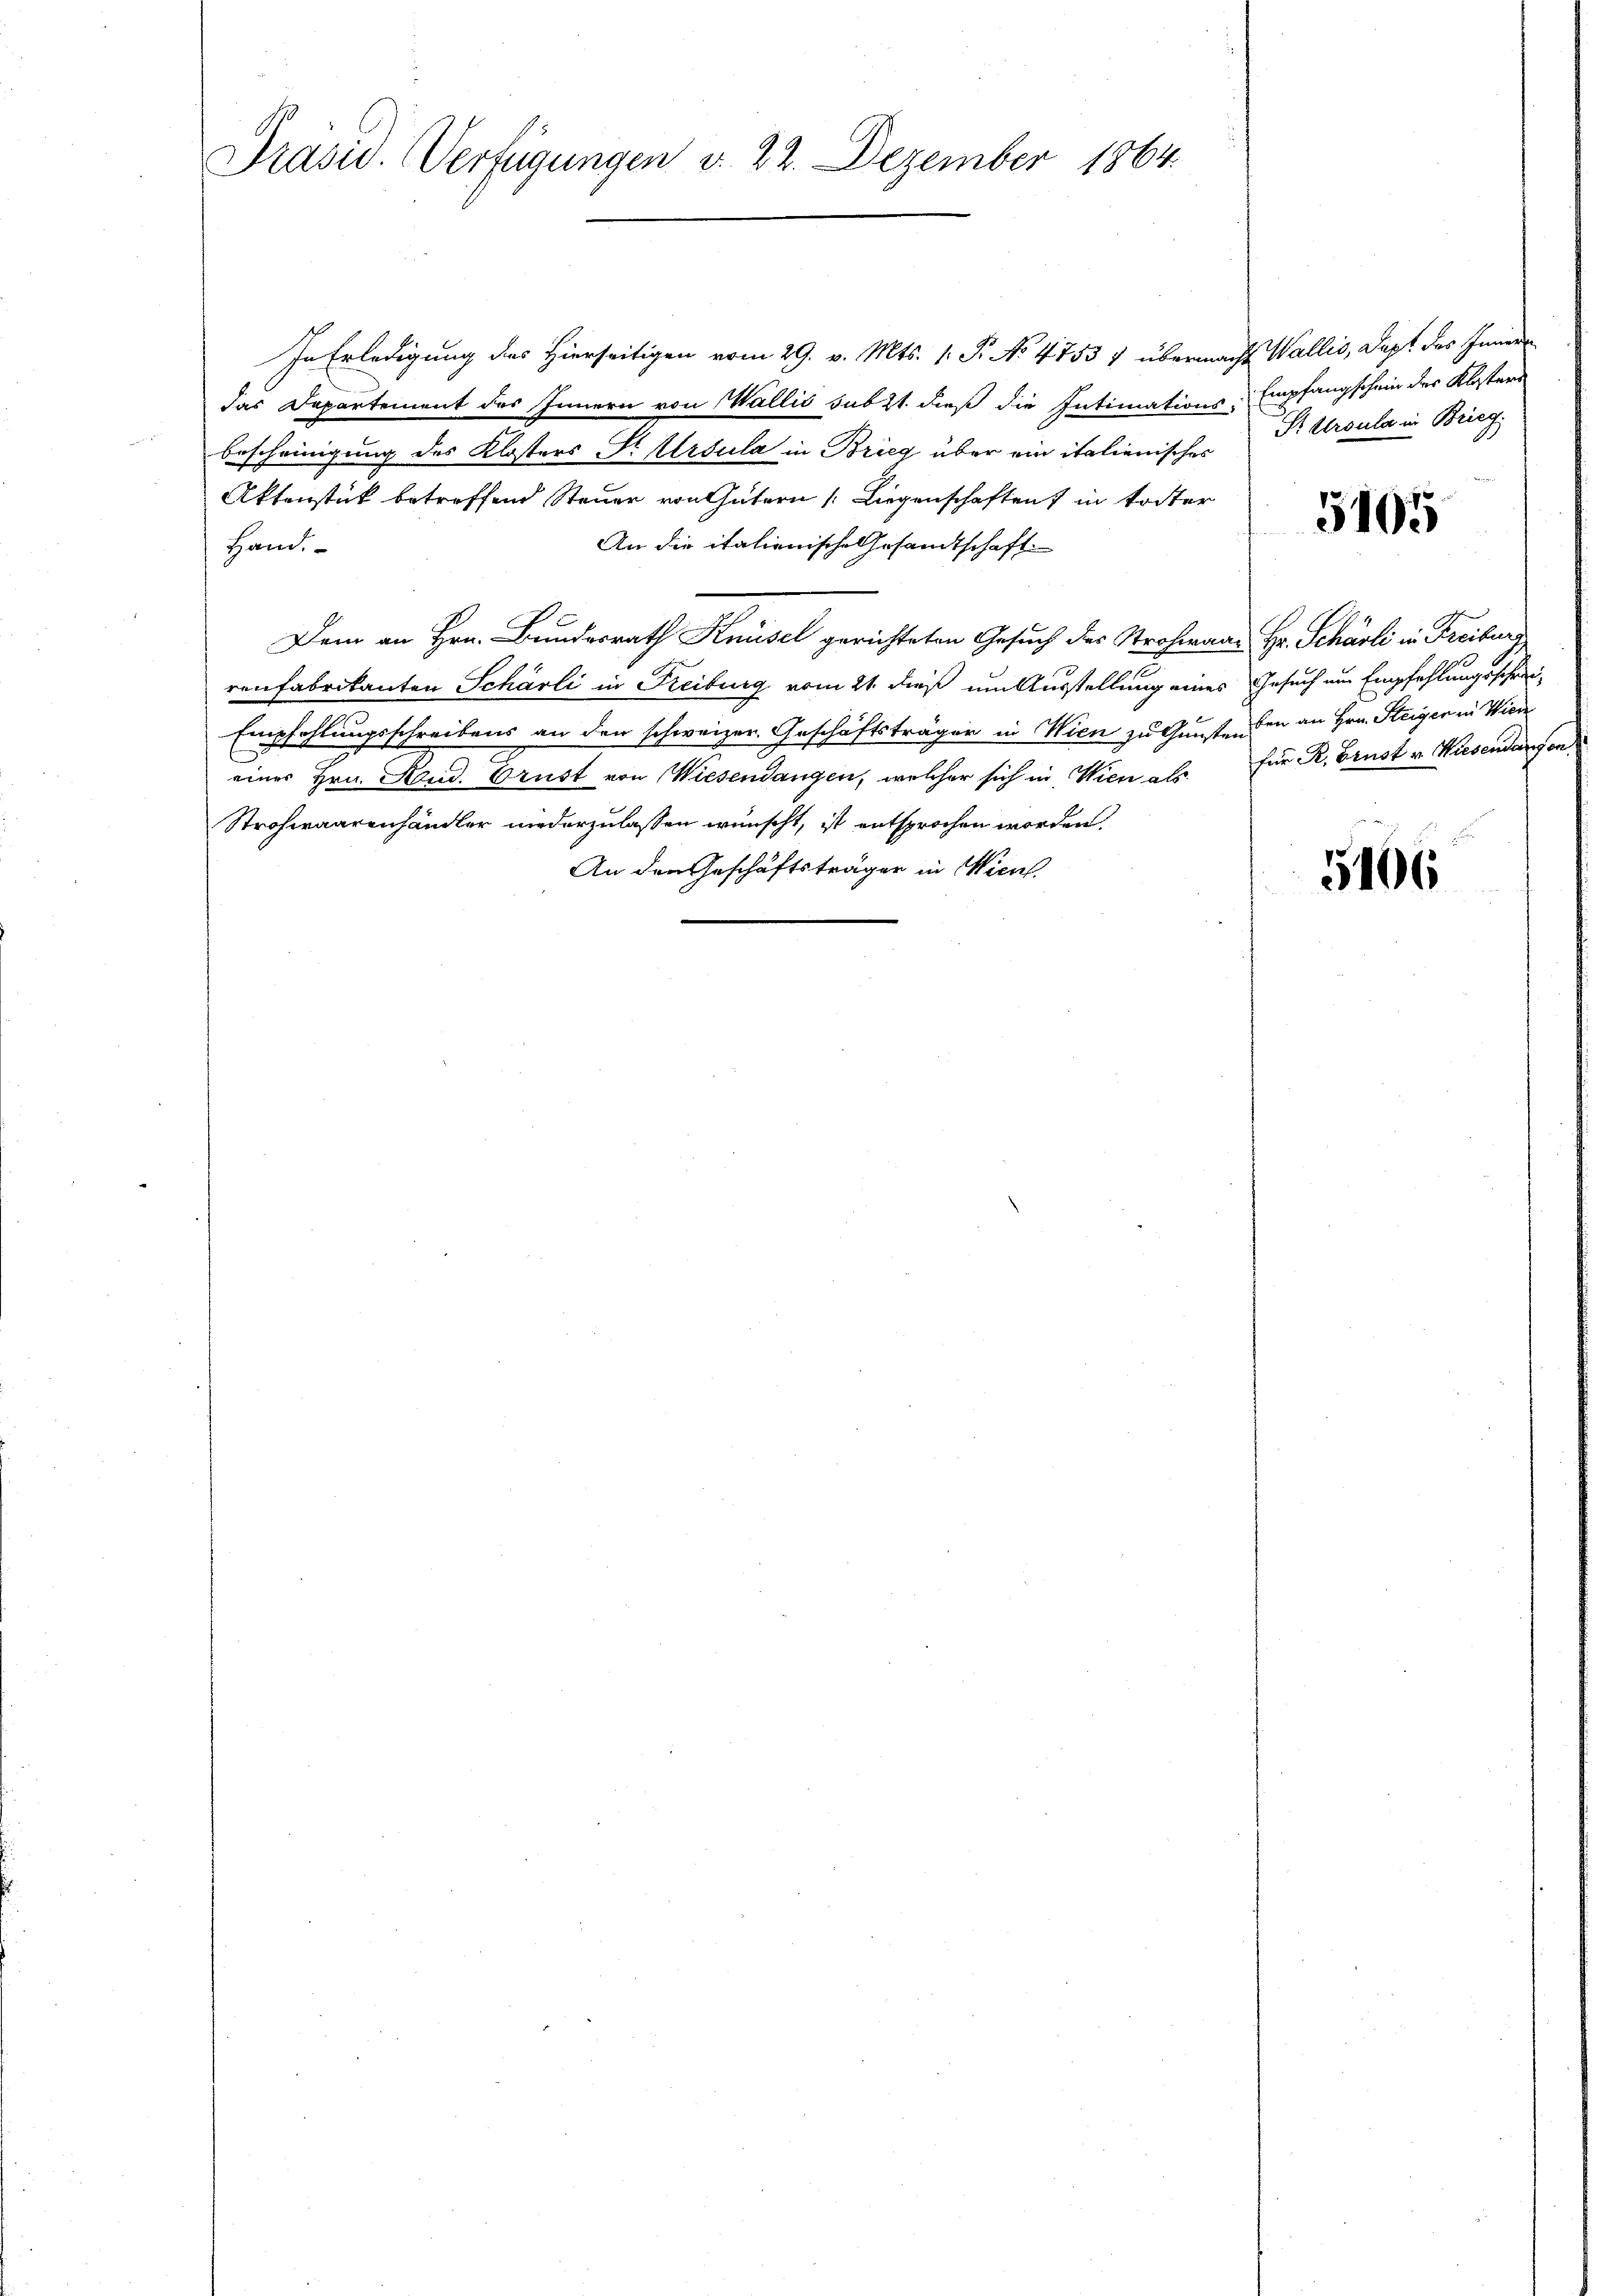
Präsid. Verfügungen d. 22. Dezember 1864.

In Erledigung des Hierseitigen vom 29. v. Mts. 1. P. No 4753 & übermacht Wallis, Dapt des Innern
das Departement des Innern von Wallis subst dieß die Intimations-Empfangschein des Klosters
bescheinigung des Klosters St. Ursula in Brieg über ein italienisches Dr. Ursula in Brieg¬
Aktenstück betreffend Steuer von Gütern Liegenschaften in todter
An die italienische Gesamtschaft
Hand.
Dem an Hrn. Bundesrath Knüsel gerichteten Gesuch des Stroheraar Hr. Schäsli in Freiburg
renfabrikanten Schärli in Freiburg vom 21. dieß um Ausstellung eines Gesuch um Empfehlungsschrei¬
Empfehlungsschreibens an den schweizer. Geschäftsträger in Wien zu Gunsten den an Hrn. Steiger in Wiede
einer Hrn. Stud. Brust von Wiesendangen, welcher sich in Wien als für R. Brust v. Wiesendangen
Strohwaarenhändler niederzulassen wünscht, ist entsprochen worden,
An den Geschäftsträger in Wien

5105

11

5406